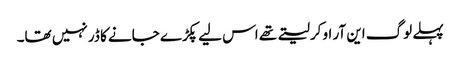
پہلے لوگ این آر او کرلیتے تھے اس لیے پکڑے جانے کا ڈر نہیں تھا۔